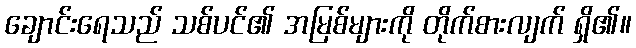
ချောင်းရေသည် သစ်ပင်၏ အမြစ်များကို တိုက်စားလျက် ရှိ၏။